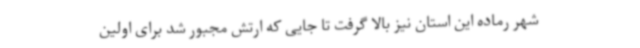
شهر رماده این استان نیز بالا گرفت تا جایی که ارتش مجبور شد برای اولین